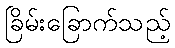
ခြိမ်းခြောက်သည့်